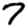
Digit: 7